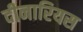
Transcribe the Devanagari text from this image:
दीनारियस